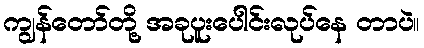
ကျွန်တော်တို့ အခုပူးပေါင်းလုပ်နေ တာပဲ။